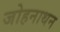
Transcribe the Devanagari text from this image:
जोहनाथन